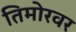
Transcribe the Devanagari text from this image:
तिमोरवर